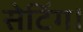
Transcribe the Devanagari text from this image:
सेटिंग।